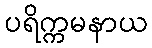
ပရိက္ကမနာယ